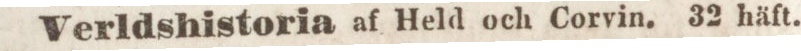
Verldshistoria af Held och Corvin. 32 häft.